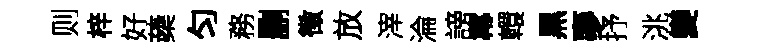
则梓好蘃匀務删徴放滓淪謗羃轘黒夣抒洮變